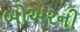
બોઅરની